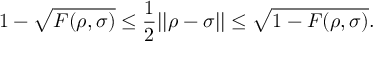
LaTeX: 1 - { \sqrt { F ( \rho , \sigma ) } } \leq { \frac { 1 } { 2 } } | | \rho - \sigma | | \leq { \sqrt { 1 - F ( \rho , \sigma ) } } .